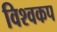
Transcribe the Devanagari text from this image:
विश्‍वकप